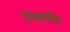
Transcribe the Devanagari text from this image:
एलमोर